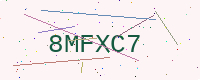
Text: 8MFXC7